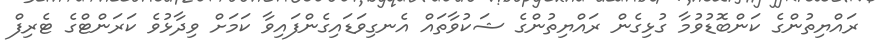
ރައްޔިތުންގެ ކަންބޮޑުވުމާ ގުޅިގެން ރައްޔިތުންގެ ޝަކުވާތައް އެނގިވަޑައިގެންފައިވާ ކަމަށް ވިދާޅުވެ ކަރަންޓްގެ ޓެރިފް